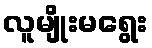
လူမျိုးမရွေး